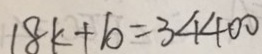
1 8 k + 1 0 = 3 4 4 0 0